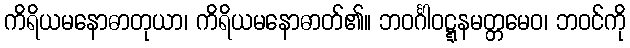
ကိရိယမနောဓာတုယာ၊ ကိရိယမနောဓာတ်၏။ ဘဝင်္ဂါဝဋ္ဋနမတ္တမေဝ၊ ဘဝင်ကို